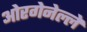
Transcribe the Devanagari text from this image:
ओरगेनेल्ले